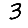
Digit: 3